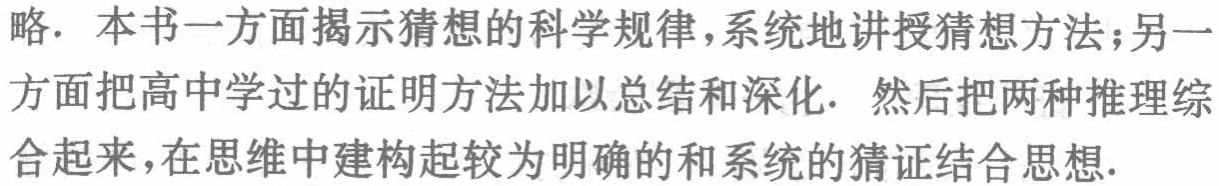
略. 本书一方面揭示猜想的科学规律,系统地讲授猜想方法;另一方面把高中学过的证明方法加以总结和深化. 然后把两种推理综合起来,在思维中建构起较为明确的和系统的猜证结合思想.